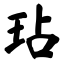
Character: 玷